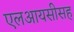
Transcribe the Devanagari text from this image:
एलआयसीसह